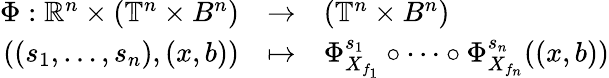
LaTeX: \begin{array}{rcl}{\Phi:\mathbb{R}^{n}\times(\mathbb{T}^{n}\times B^{n})}&{\rightarrow}&{(\mathbb{T}^{n}\times B^{n})}\\ {((s_{1},\ldots,s_{n}),(x,b))}&{\mapsto}&{\Phi_{X_{f_{1}}}^{s_{1}}\circ\cdots\circ\Phi_{X_{f_{n}}}^{s_{n}}((x,b))}\end{array}